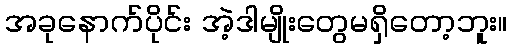
အခုနောက်ပိုင်း အဲ့ဒါမျိုးတွေမရှိတော့ဘူး။